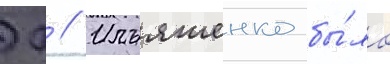
Д // Ильяшенко бы́ло